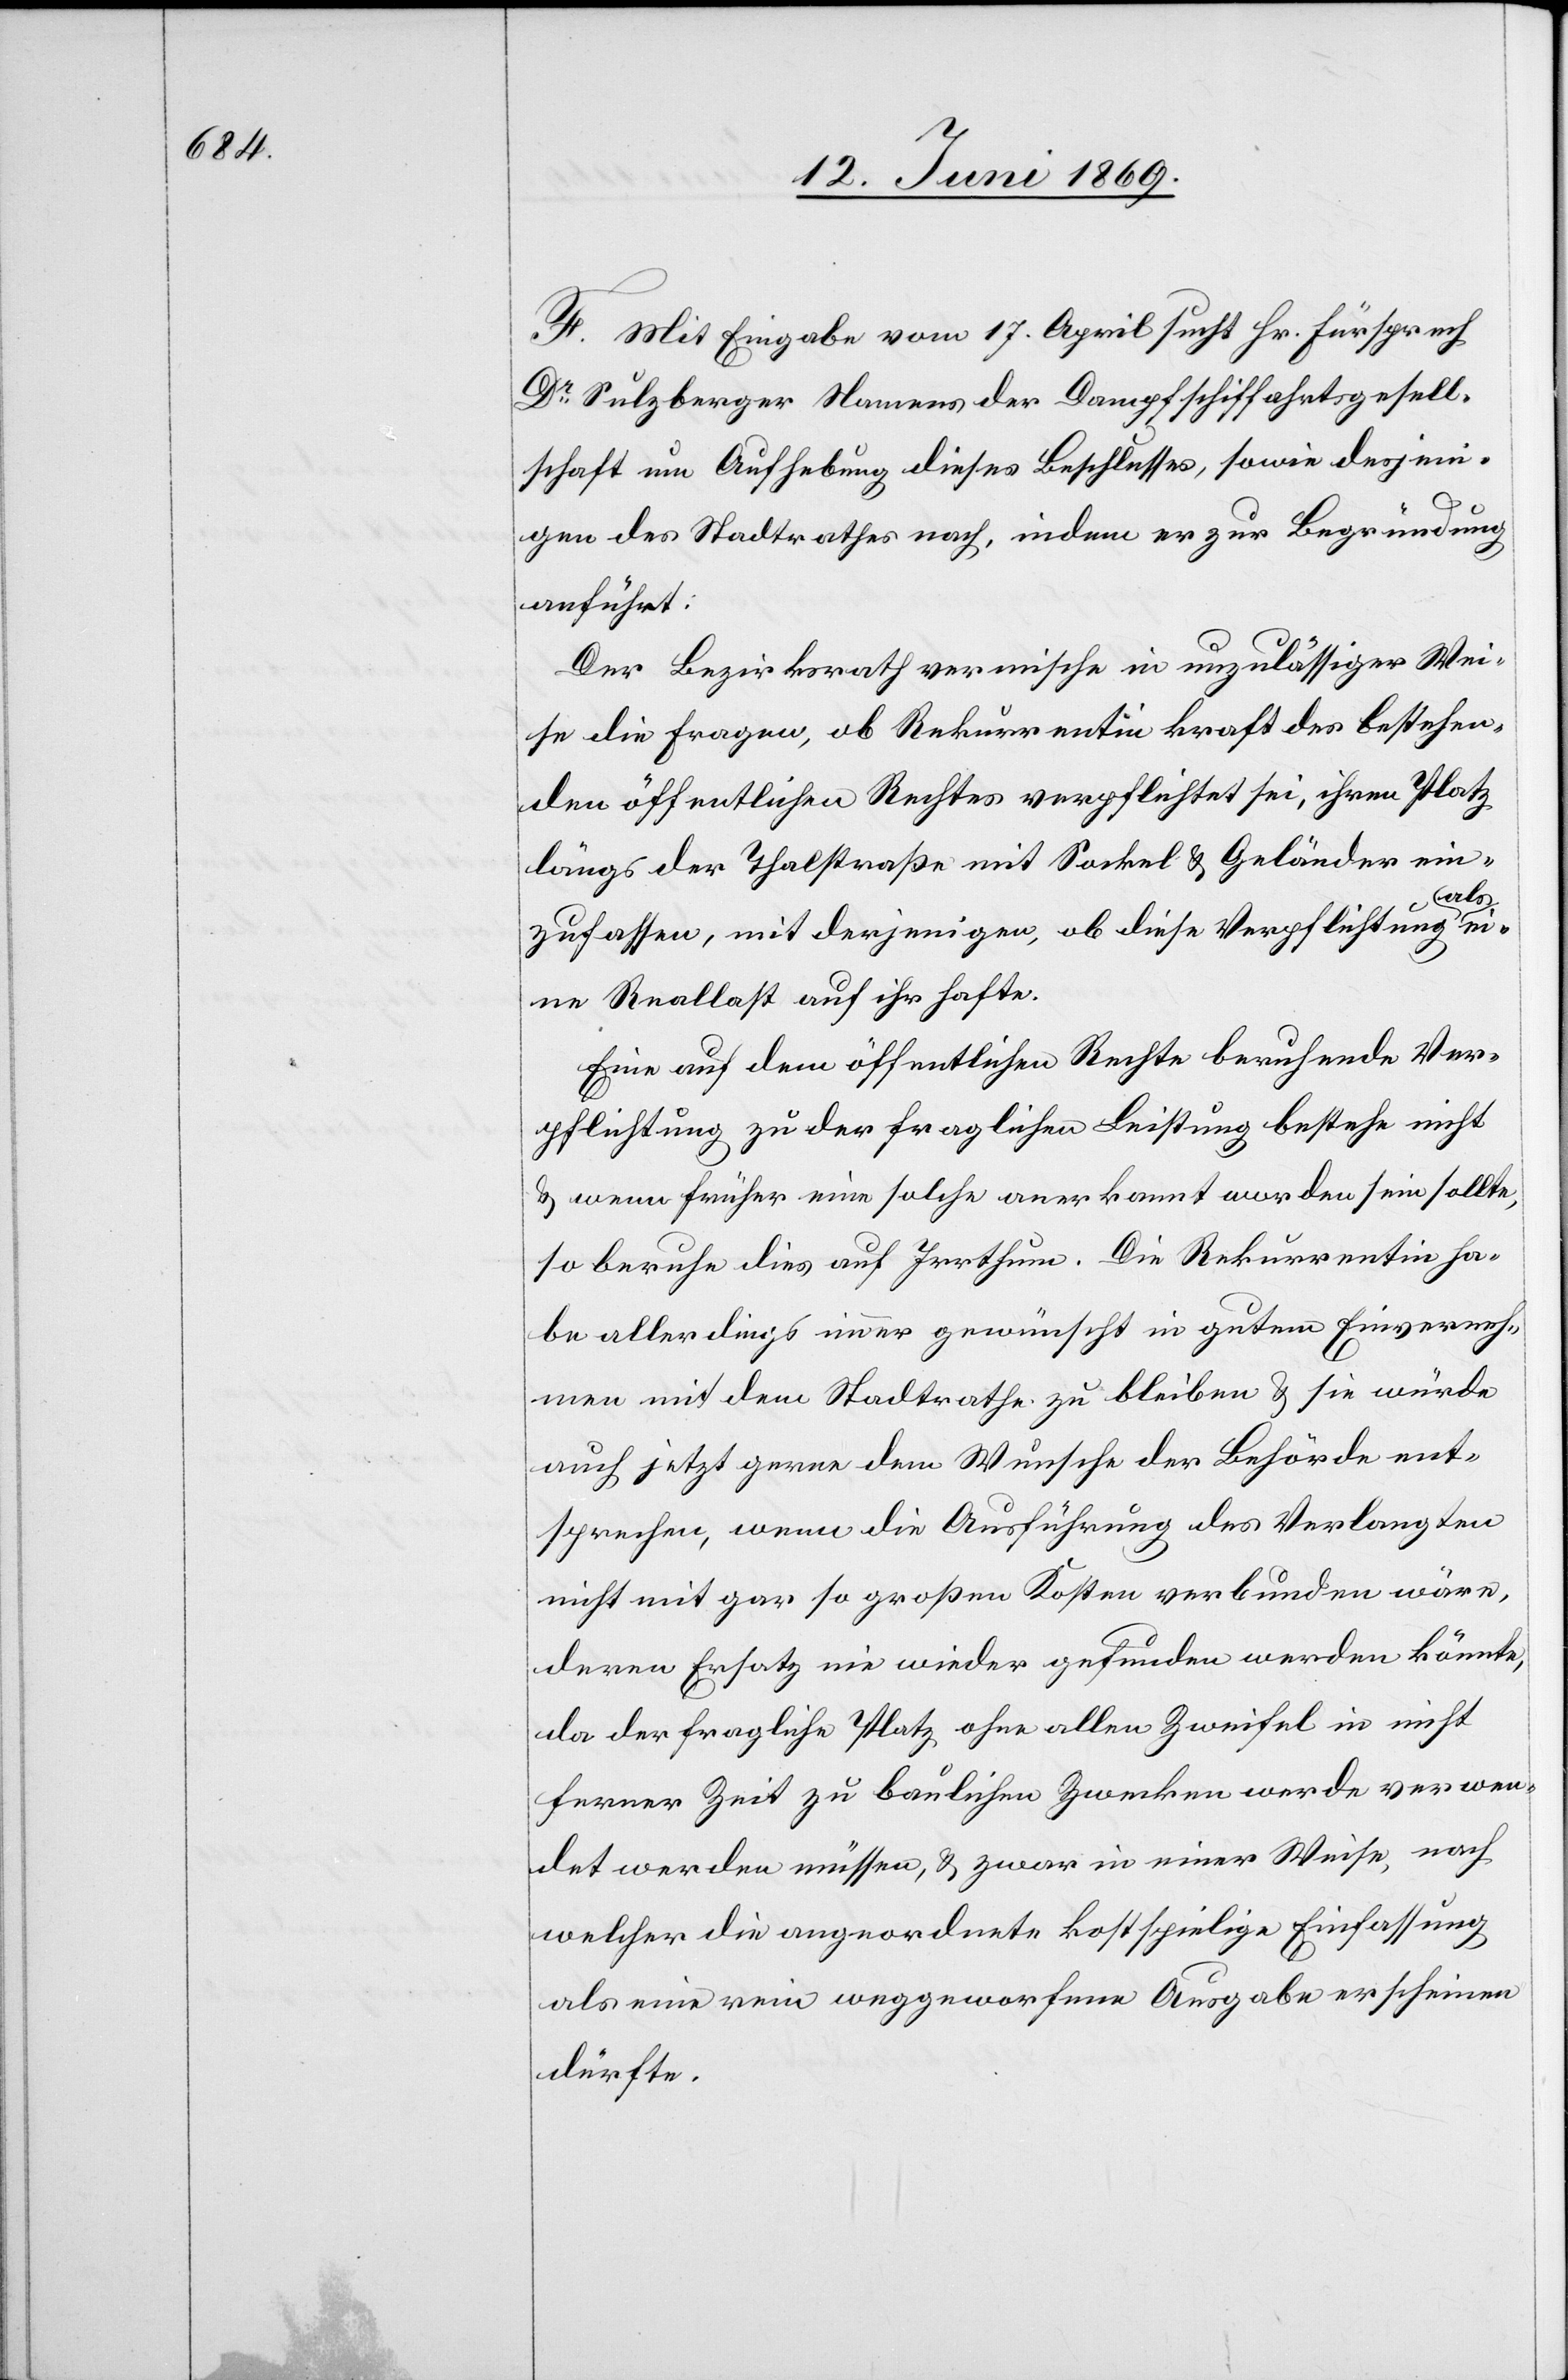
F. Mit Eingabe vom 17. April sucht Hr. Fürsprech
Dr Sulzberger Namens der Dampfschiffahrtsgesell¬
schaft um Aufhebung dieses Beschlusses, sowie desjeni¬
gen des Stadtrathes nach, indem er zur Begründung
anführt:
Der Bezirksrath vermische in unzulässiger Wei¬
se die Fragen, ob Rekurrentin kraft des bestehen¬
den öffentlichen Rechtes verpflichtet sei, ihren Platz
längs der Thalstraße mit Sockel u. Geländer ein¬
zufassen, mit derjenigen, ob diese Verpflichtung als
eine Reallast auf ihr hafte.
Eine auf dem öffentlichen Rechte beruhende Ver¬
pflichtung zu der fraglichen Leistung bestehe nicht
u. wenn früher eine solche anerkannt worden sein sollte,
so beruhe dies auf Irrthum. Die Rekurrentin ha¬
be allerdings immer gewünscht in gutem Einverneh¬
men mit dem Stadtrathe zu bleiben u. sie würde
auch jetzt gerne dem Wunsche der Behörde ent¬
sprechen, wenn die Ausführung des Verlangten
nicht mit gar so großen Kosten verbunden wäre,
deren Ersatz nie wieder gefunden werden könnte,
da der fragliche Platz ohne allen Zweifel in nicht
ferner Zeit zu baulichen Zwecken werde verwen¬
det werden müssen, u. zwar in einer Weise, nach
welcher die angeordnete kostspielige Einfassung
als eine rein weggeworfene Ausgabe erscheinen
dürfte.